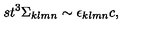
s t ^ { 3 } \Sigma _ { k l m n } \sim \epsilon _ { k l m n } c ,